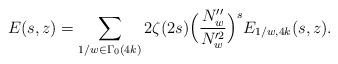
LaTeX: \begin{align*} E(s,z)= \sum_{1/w \in \Gamma_{0}(4k)} 2\zeta(2s) \Big( \frac{N^{\prime\prime}_w}{N^{\prime 2}_w}\Big)^s E_{1/w,4k}(s,z).\end{align*}